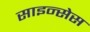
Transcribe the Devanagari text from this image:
साइन्सेस